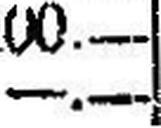
—.—